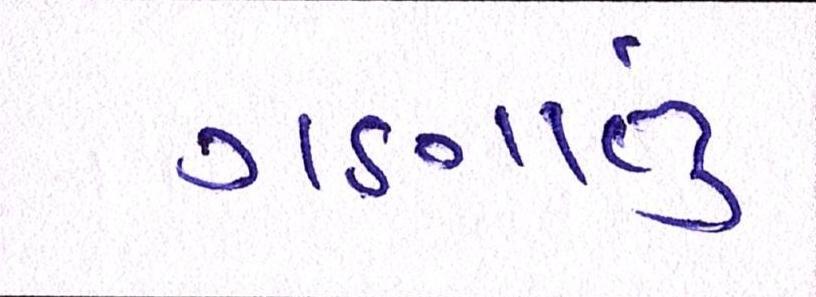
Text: ગણાતું